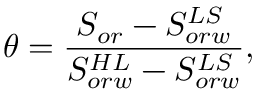
\theta = \frac { S _ { o r } - S _ { o r w } ^ { L S } } { S _ { o r w } ^ { H L } - S _ { o r w } ^ { L S } } ,